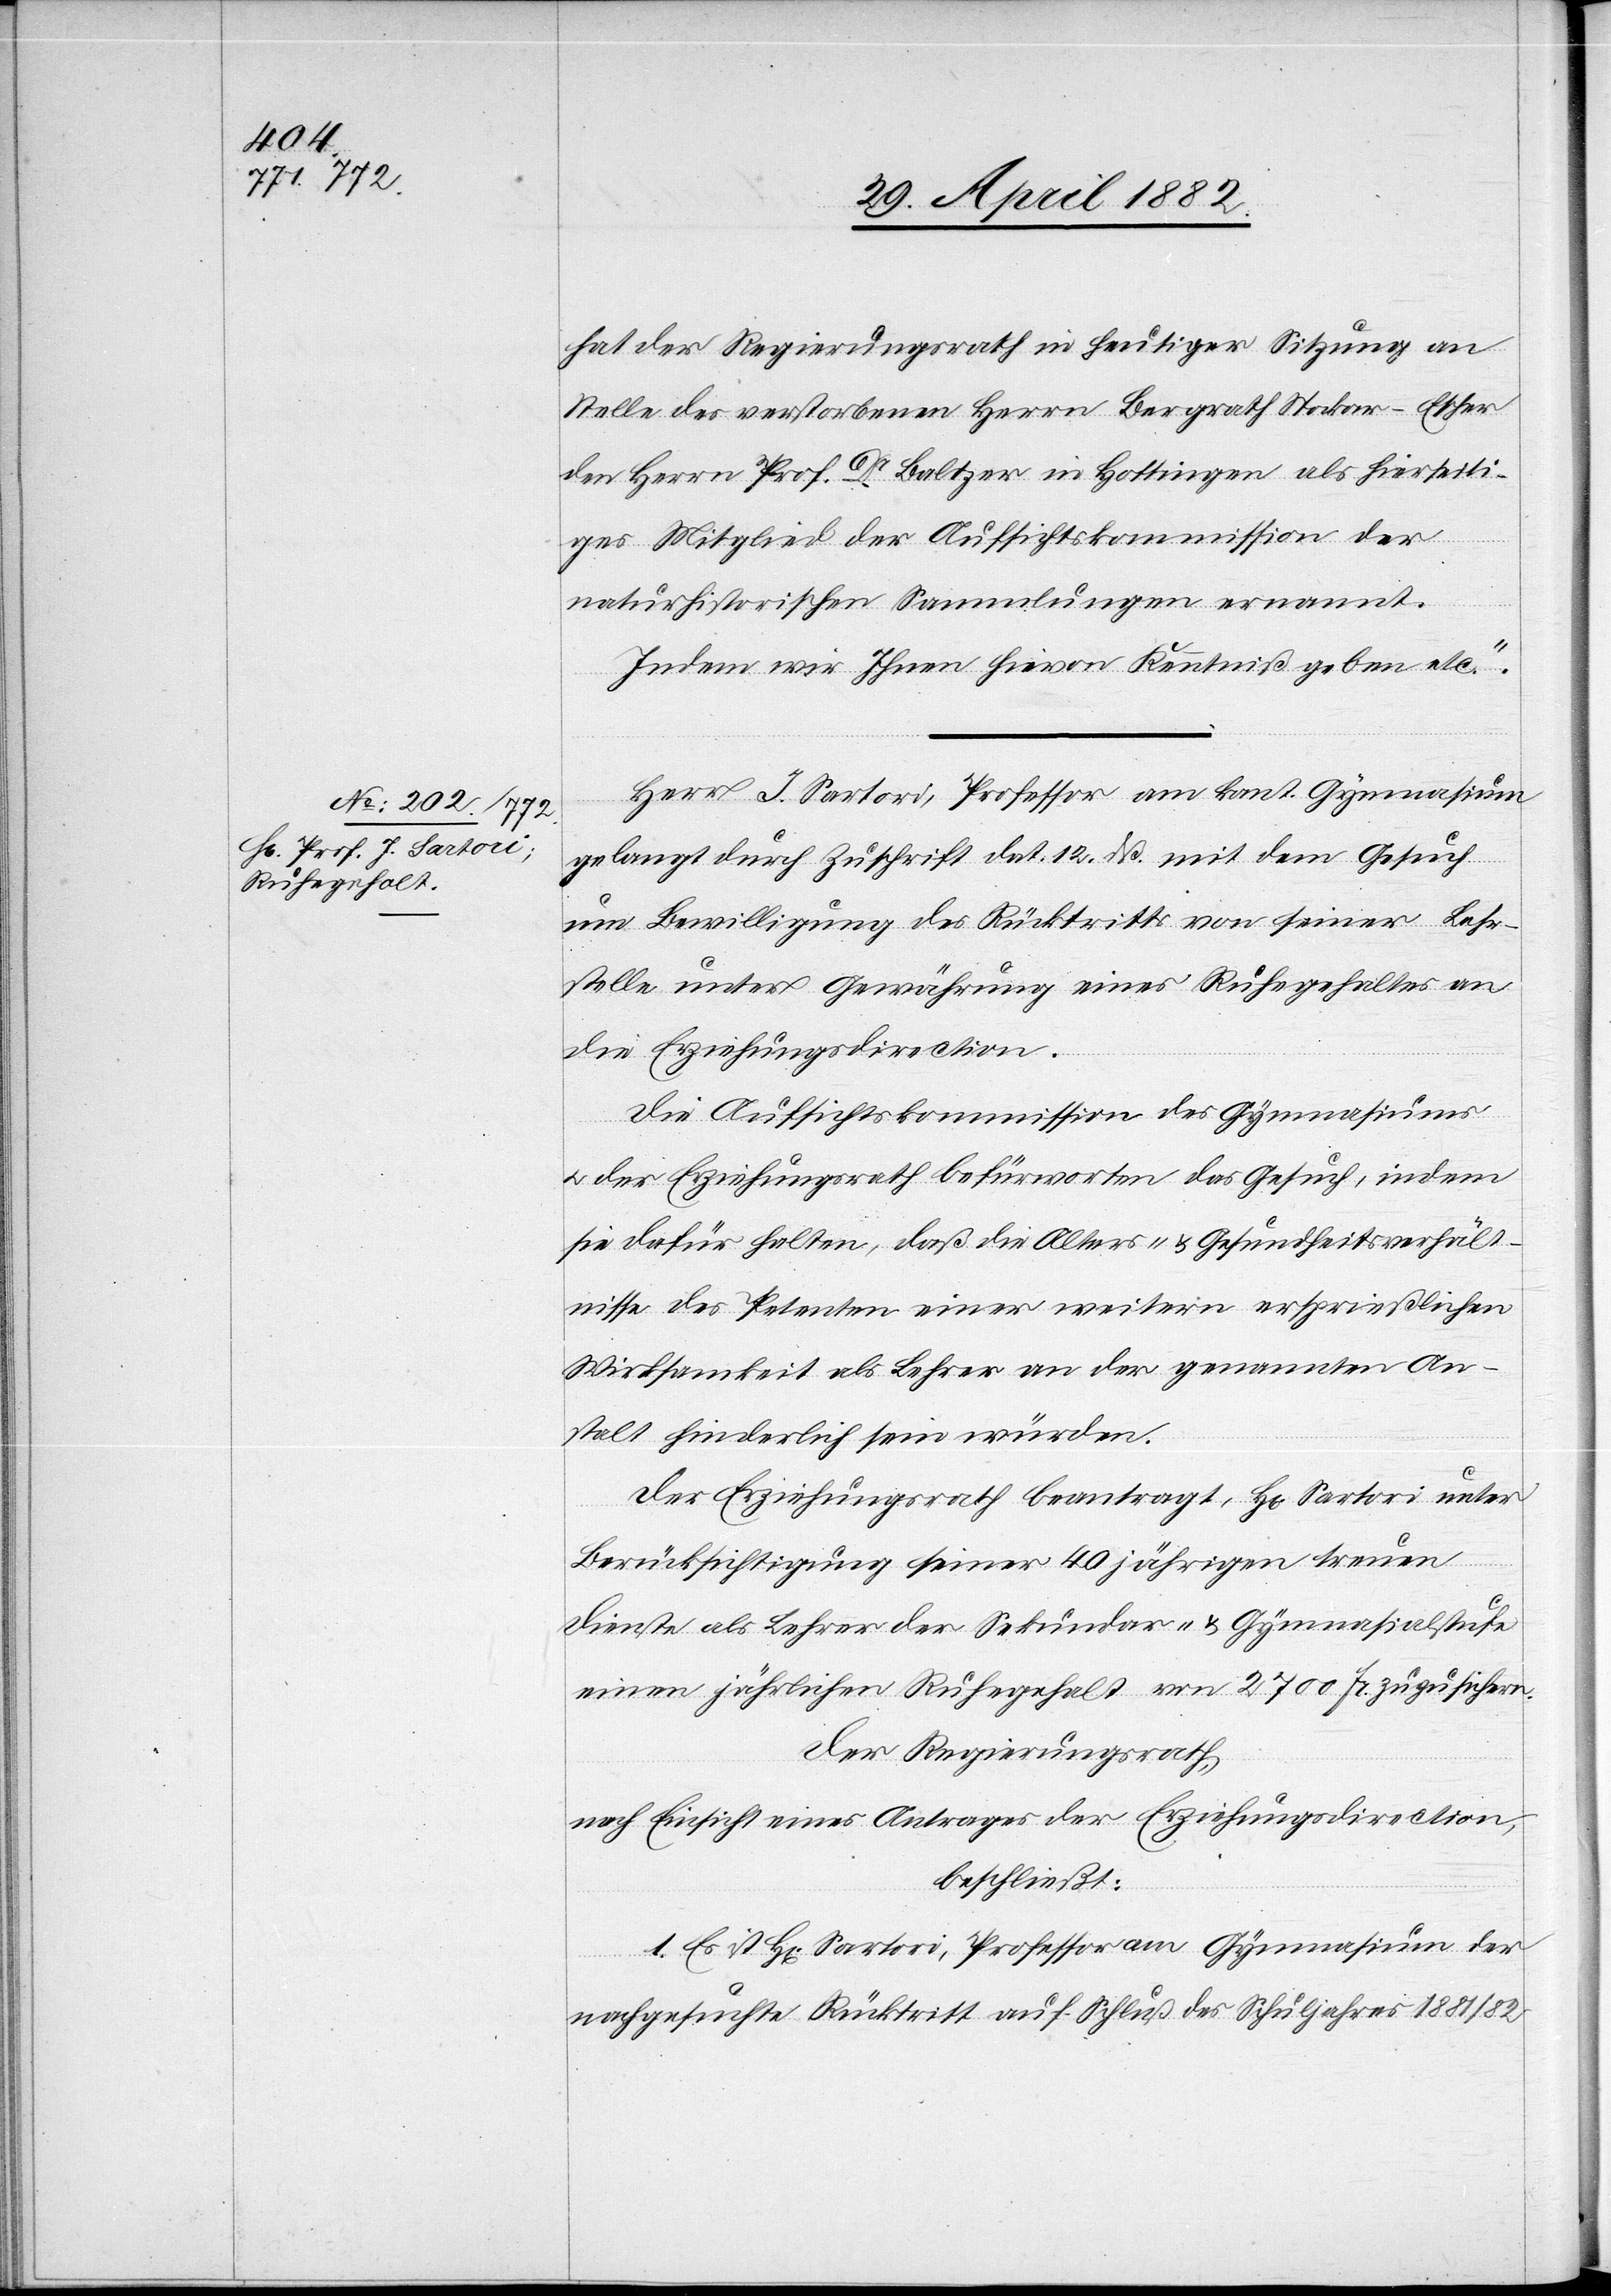
hat der Regierungsrath in heutiger Sitzung an
Stelle des verstorbenen Herrn Bergrath Stockar-Escher
den Herrn Prof. Dr Baltzer in Hottingen als hierseiti¬
ges Mitglied der Aufsichtskommission der
naturhistorischen Sammlungen ernannt.
Indem wir Ihnen hievon Kenntniß geben etc.“
Herr J. Sartori, Professor am kant. Gymnasium
gelangt durch Zuschrift dat. 12. dß. mit dem Gesuch
um Bewilligung des Rücktritts von seiner Lehr¬
stelle unter Gewährung eines Ruhegehaltes an
die Erziehungsdirection.
Die Aufsichtskommission des Gymnasiums
u. der Erziehungsrath befürworten das Gesuch, indem
sie dafür halten, daß die Alters- & Gesundheitsverhält¬
nisse des Petenten einer weiteren ersprießlichen
Wirksamkeit als Lehrer an der genannten An¬
stalt hinderlich sein würden.
Der Erziehungsrath beantragt, Hr. Sartori unter
Berücksichtigung seiner 40jährigen treuen
Dienste als Lehrer der Sekundar- & Gymnasialstufe
einen jährlichen Ruhegehalt von 2700 Fr. zuzusichern.
Der Regierungsrath,
nach Einsicht eines Antrages der Erziehungsdirection,
beschließt:
1. Es ist Hr. Sartori, Professor am Gymnasium der
nachgesuchte Rücktritt auf Schluß des Schuljahres 1881/82